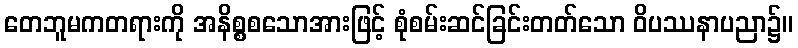
တေဘူမကတရားကို အနိစ္စစသောအားဖြင့် စုံစမ်းဆင်ခြင်းတတ်သော ဝိပဿနာပညာ၌။